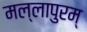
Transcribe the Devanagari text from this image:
मल्लापुरम्